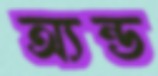
অ্যন্ড